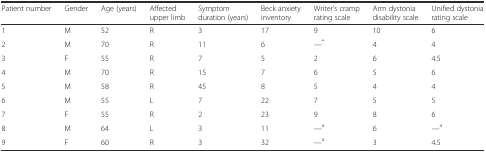
<table><thead><tr><td><b>Patient number</b></td><td><b>Gender</b></td><td><b>Age (years)</b></td><td><b>Affected upper limb</b></td><td><b>Symptom duration (years)</b></td><td><b>Beck anxiety inventory</b></td><td><b>Writer’s cramp rating scale</b></td><td><b>Arm dystonia disability scale</b></td><td><b>Unified dystonia rating scale</b></td></tr></thead><tbody><tr><td>1</td><td>M</td><td>52</td><td>R</td><td>3</td><td>17</td><td>9</td><td>10</td><td>6</td></tr><tr><td>2</td><td>M</td><td>70</td><td>R</td><td>11</td><td>6</td><td>---<sup>*</sup></td><td>4</td><td>4</td></tr><tr><td>3</td><td>F</td><td>55</td><td>R</td><td>7</td><td>5</td><td>2</td><td>6</td><td>4.5</td></tr><tr><td>4</td><td>M</td><td>70</td><td>R</td><td>15</td><td>7</td><td>6</td><td>5</td><td>6</td></tr><tr><td>5</td><td>M</td><td>58</td><td>R</td><td>45</td><td>8</td><td>5</td><td>4</td><td>4</td></tr><tr><td>6</td><td>M</td><td>55</td><td>L</td><td>7</td><td>22</td><td>7</td><td>5</td><td>5</td></tr><tr><td>7</td><td>F</td><td>55</td><td>R</td><td>2</td><td>23</td><td>9</td><td>8</td><td>6</td></tr><tr><td>8</td><td>M</td><td>64</td><td>L</td><td>3</td><td>11</td><td>---<sup>a</sup></td><td>6</td><td>---<sup>a</sup></td></tr><tr><td>9</td><td>F</td><td>60</td><td>R</td><td>3</td><td>32</td><td>---<sup>a</sup></td><td>3</td><td>4.5</td></tr></tbody></table>